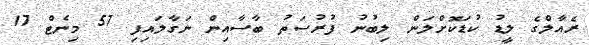
ރެއާލްގެ ލީޑު ކުޑަކޮށްލަން ލިބުނު ފުރުސަތު ބާސާއިން ނަގާލައިފި 57 މިނެޓް 17